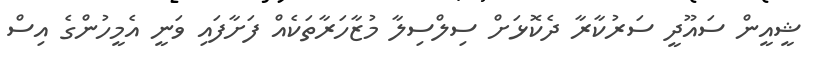
ޝީއީން ސައޫދީ ސަރުކާރާ ދެކޮޅަށް ސިލްސިލާ މުޒާހަރާތަކެއް ފަށާފައި ވަނީ އެމީހުންގެ އިސް